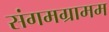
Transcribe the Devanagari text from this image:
संगमग्रामम